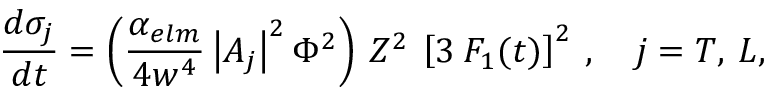
\frac { d \sigma _ { j } } { d t } = \left( \frac { \alpha _ { e l m } } { 4 w ^ { 4 } } \left| A _ { j } \right| ^ { 2 } \Phi ^ { 2 } \right) \: Z ^ { 2 } \: \left[ 3 \: F _ { 1 } ( t ) \right] ^ { 2 } \: , \quad j = T , \: L ,